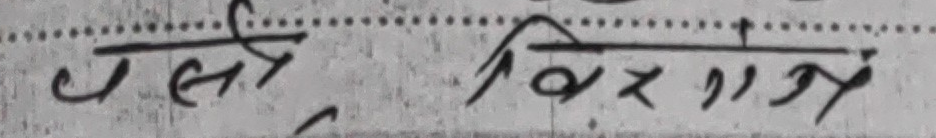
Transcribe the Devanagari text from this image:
तसै विदा भई